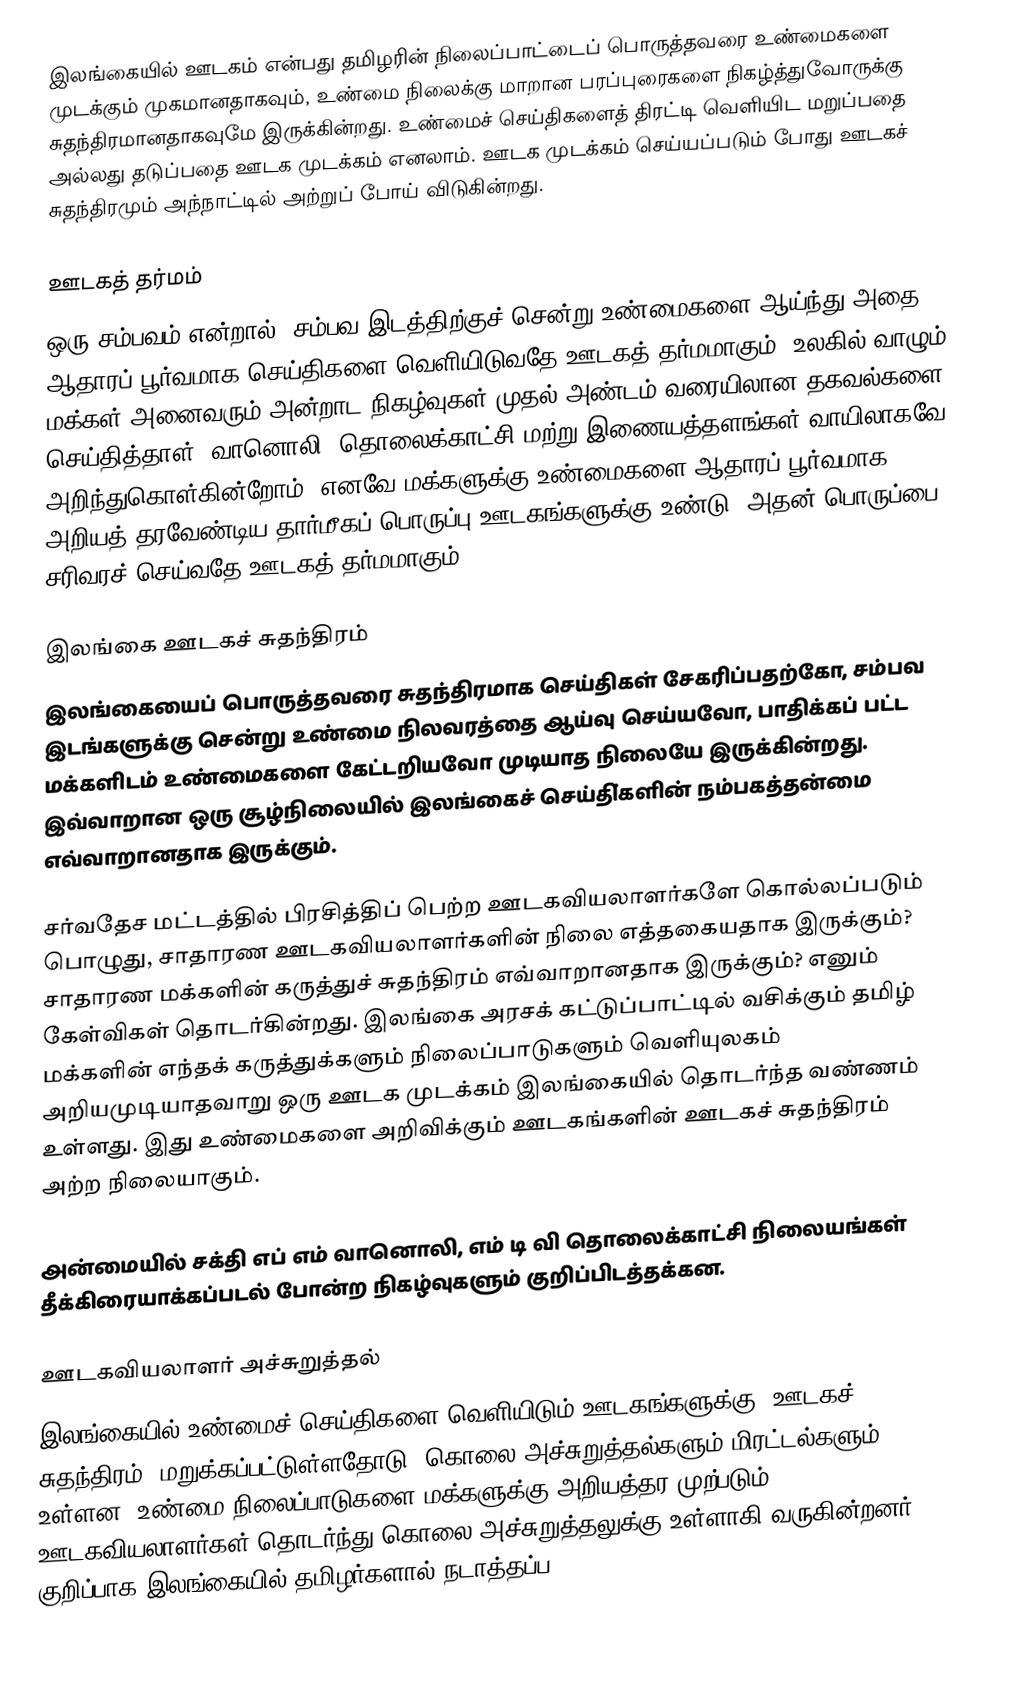
இலங்கையில் ஊடகம் என்பது தமிழரின் நிலைப்பாட்டைப் பொருத்தவரை உண்மைகளை முடக்கும் முகமானதாகவும், உண்மை நிலைக்கு மாறான பரப்புரைகளை நிகழ்த்துவோருக்கு சுதந்திரமானதாகவுமே இருக்கின்றது. உண்மைச் செய்திகளைத் திரட்டி வெளியிட மறுப்பதை அல்லது தடுப்பதை ஊடக முடக்கம் எனலாம். ஊடக முடக்கம் செய்யப்படும் போது ஊடகச் சுதந்திரமும் அந்நாட்டில் அற்றுப் போய் விடுகின்றது.

ஊடகத் தர்மம்
ஒரு சம்பவம் என்றால், சம்பவ இடத்திற்குச் சென்று உண்மைகளை ஆய்ந்து அதை ஆதாரப் பூர்வமாக செய்திகளை வெளியிடுவதே ஊடகத் தர்மமாகும். உலகில் வாழும் மக்கள் அனைவரும் அன்றாட நிகழ்வுகள் முதல் அண்டம் வரையிலான தகவல்களை செய்தித்தாள், வானொலி, தொலைக்காட்சி மற்று இணையத்தளங்கள் வாயிலாகவே அறிந்துகொள்கின்றோம். எனவே மக்களுக்கு உண்மைகளை ஆதாரப் பூர்வமாக அறியத் தரவேண்டிய தார்மீகப் பொருப்பு ஊடகங்களுக்கு உண்டு. அதன் பொருப்பை சரிவரச் செய்வதே ஊடகத் தர்மமாகும்.

இலங்கை ஊடகச் சுதந்திரம்
இலங்கையைப் பொருத்தவரை சுதந்திரமாக செய்திகள் சேகரிப்பதற்கோ, சம்பவ இடங்களுக்கு சென்று உண்மை நிலவரத்தை ஆய்வு செய்யவோ, பாதிக்கப் பட்ட மக்களிடம் உண்மைகளை கேட்டறியவோ முடியாத நிலையே இருக்கின்றது. இவ்வாறான ஒரு சூழ்நிலையில் இலங்கைச் செய்தி்களின் நம்பகத்தன்மை எவ்வாறானதாக இருக்கும்.

சர்வதேச மட்டத்தில் பிரசித்திப் பெற்ற ஊடகவியலாளர்களே கொல்லப்படும் பொழுது, சாதாரண ஊடகவியலாளர்களின் நிலை எத்தகையதாக இருக்கும்? சாதாரண மக்களின் கருத்துச் சுதந்திரம் எவ்வாறானதாக இருக்கும்? எனும் கேள்விகள் தொடர்கின்றது. இலங்கை அரசக் கட்டுப்பாட்டில் வசிக்கும் தமிழ் மக்களின் எந்தக் கருத்துக்களும் நிலைப்பாடுகளும் வெளியுலகம் அறியமுடியாதவாறு ஒரு ஊடக முடக்கம் இலங்கையில் தொடர்ந்த வண்ணம் உள்ளது. இது உண்மைகளை அறிவிக்கும் ஊடகங்களின் ஊடகச் சுதந்திரம் அற்ற நிலையாகும்.

அன்மையில் சக்தி எப் எம் வானொலி, எம் டி வி தொலைக்காட்சி நிலையங்கள் தீக்கிரையாக்கப்படல் போன்ற நிகழ்வுகளும் குறிப்பிடத்தக்கன.

ஊடகவியலாளர் அச்சுறுத்தல்
இலங்கையில் உண்மைச் செய்திகளை வெளியிடும் ஊடகங்களுக்கு “ஊடகச் சுதந்திரம்” மறுக்கப்பட்டுள்ளதோடு, கொலை அச்சுறுத்தல்களும் மிரட்டல்களும் உள்ளன. உண்மை நிலைப்பாடுகளை மக்களுக்கு அறியத்தர முற்படும் ஊடகவியலாளர்கள் தொடர்ந்து கொலை அச்சுறுத்தலுக்கு உள்ளாகி வருகின்றனர். குறிப்பாக இலங்கையில் தமிழர்களால் நடாத்தப்ப